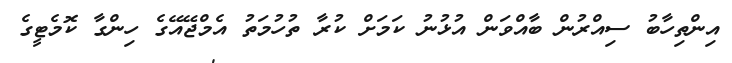
އިންތިހާބު ސިއްރުން ބާއްވަން އުޅުނު ކަމަށް ކުރާ ތުހުމަތު އެމްޖޭއޭގެ ހިންގާ ކޮމެޓީގެ